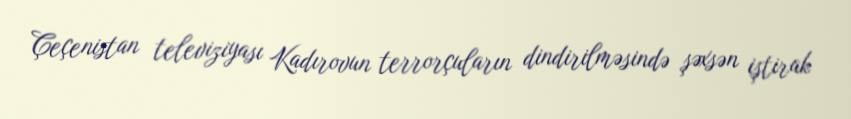
Çeçenistan televiziyası Kadırovun terrorçuların dindirilməsində şəxsən iştirak